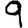
Digit: 9